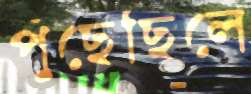
পুঁছেছিলে